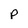
Character: p